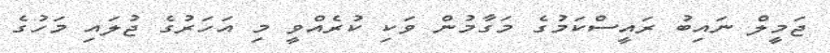
ޖަމީލް ނައިބު ރައީސްކަމުގެ މަގާމުން ވަކި ކުރެއްވީ މި އަހަރުގެ ޖުލައި މަހުގެ